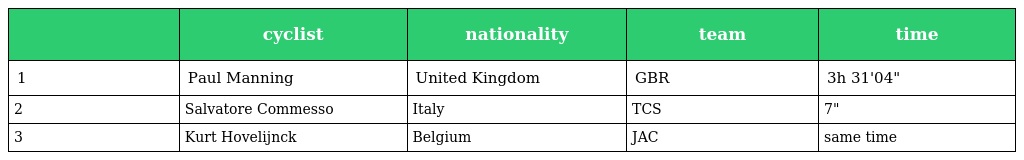
|  | cyclist | nationality | team | time |
 | --- | --- | --- | --- | --- |
 | 1 | Paul Manning | United Kingdom | GBR | 3h 31'04" |
 | 2 | Salvatore Commesso | Italy | TCS | 7" |
 | 3 | Kurt Hovelijnck | Belgium | JAC | same time |